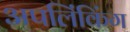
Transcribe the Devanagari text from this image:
अपलिंकिंग